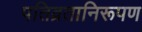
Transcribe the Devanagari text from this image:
पतिव्रतानिरूपण